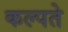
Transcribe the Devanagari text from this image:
कल्पते